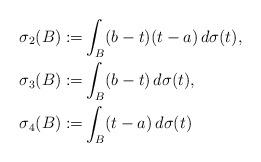
LaTeX: \begin{align*} \sigma_{2}(B):=&\int_{B}(b-t)(t-a)\, d\sigma(t), \\ \sigma_3(B):=&\int_{B}(b-t)\, d\sigma(t),\\ \sigma_4(B):=&\int_{B}(t-a)\, d\sigma(t)\end{align*}